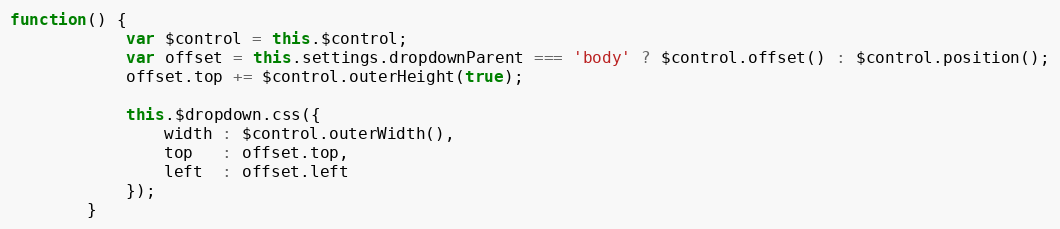
Language: JavaScript
function() {
			var $control = this.$control;
			var offset = this.settings.dropdownParent === 'body' ? $control.offset() : $control.position();
			offset.top += $control.outerHeight(true);

			this.$dropdown.css({
				width : $control.outerWidth(),
				top   : offset.top,
				left  : offset.left
			});
		}